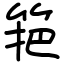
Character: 筢